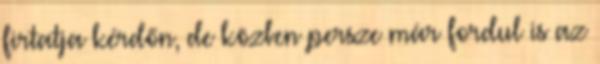
firtatja kérdőn, de közben persze már fordul is az